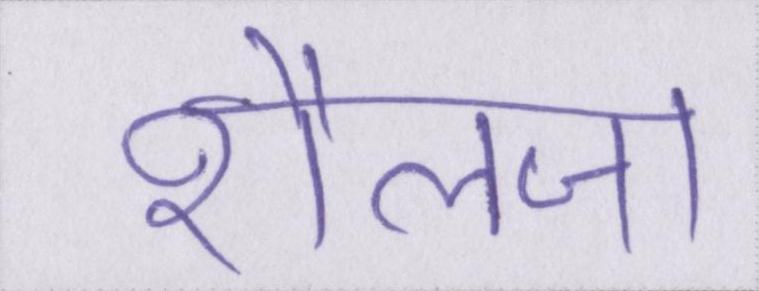
शैलजा